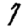
Digit: 7